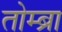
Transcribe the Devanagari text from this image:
तोम्ब्रा